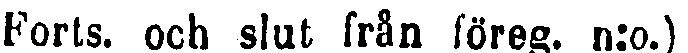
(Forts. och slut från föreg. n:o.)